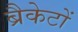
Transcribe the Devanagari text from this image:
ब्रैकेटों